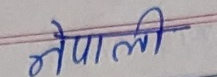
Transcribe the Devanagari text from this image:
नेपाली